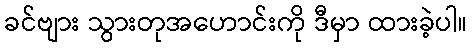
ခင်ဗျား သွားတုအဟောင်းကို ဒီမှာ ထားခဲ့ပါ။